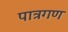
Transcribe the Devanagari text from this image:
पात्रगण